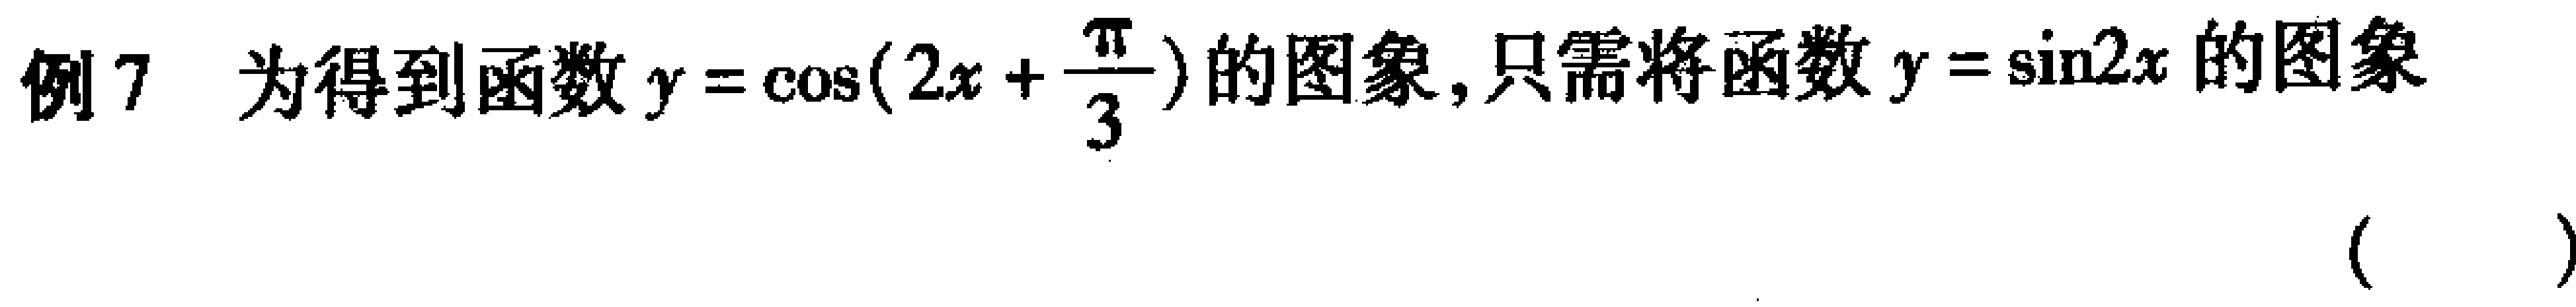
例7 为得到函数\(y = \cos(2x+\frac{\pi}{3})\)的图象, 只需将函数\(y = \sin2x\)的图象 （  ）